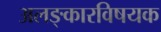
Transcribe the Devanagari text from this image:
अलङ्कारविषयक